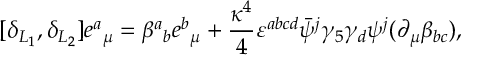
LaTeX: [ \delta _ { L _ { 1 } } , \delta _ { L _ { 2 } } ] e { ^ a } _ { \mu } = \beta { ^ a } _ { b } e { ^ b } _ { \mu } + { \frac { \kappa ^ { 4 } } { 4 } } \varepsilon ^ { a b c d } \bar { \psi } { ^ j } \gamma _ { 5 } \gamma _ { d } \psi { ^ j } ( \partial _ { \mu } \beta _ { b c } ) ,